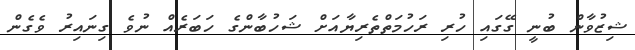
ޝިޒުވާން ބުނީ ގޭގައި ހުރި ރަހުމަތްތެރިޔާއަށް ޝަހުބާންގެ ހަބަރެއް ނުވެ ގިނައިރު ވެގެން